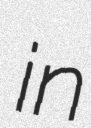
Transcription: in